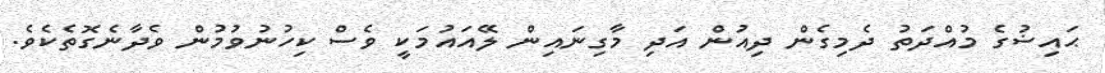
ޙައިޟުގެ މުއްދަތު ދެމިގެން ދިއުން އަދި މާގިނައިން ލޭއައުމަކީ ވެސް ކިހުނުވުމުން ވެދާނެގޮތެކެވެ.